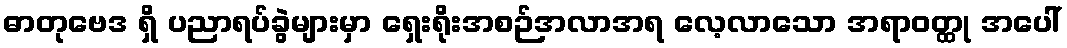
ဓာတုဗေဒ ရှိ ပညာရပ်ခွဲများမှာ ရှေးရိုးအစဉ်အလာအရ လေ့လာသော အရာဝတ္ထု အပေါ်